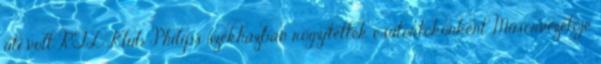
úti volt RTL Klub Philips székházban rögzítették csütörtökönként. Műsorvezetője